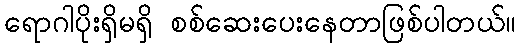
ရောဂါပိုးရှိမရှိ စစ်ဆေးပေးနေတာဖြစ်ပါတယ်။